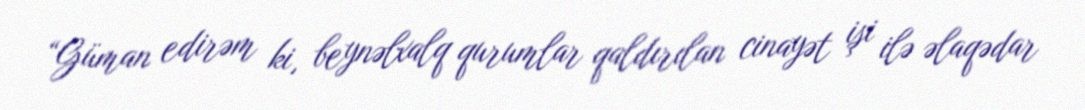
“Güman edirəm ki, beynəlxalq qurumlar qaldırılan cinayət işi ilə əlaqədar